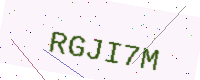
Text: RGJI7M